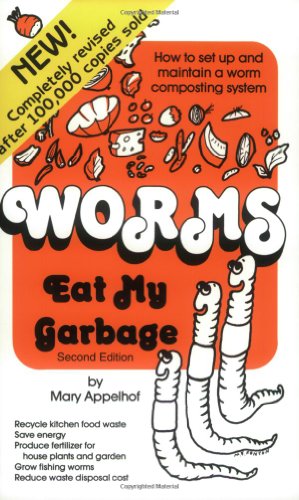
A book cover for Worms Eat My Garbage: How to Set up and Maintain a Worm Composting System, Second Edition; Mary Appelhof; Science & Math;